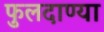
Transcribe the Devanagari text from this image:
फुलदाण्या